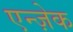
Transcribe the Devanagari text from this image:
एन्ज़ेक